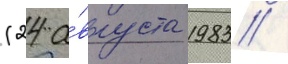
(24 а́вгуста 1983 /